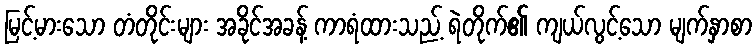
မြင့်မားသော တံတိုင်းများ အခိုင်အခန့် ကာရံထားသည့် ရဲတိုက်၏ ကျယ်လွင့်သော မျက်နှာစာ